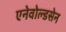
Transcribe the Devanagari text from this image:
एनेवोल्डसेन